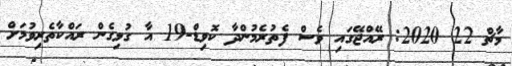
މާޗް 22 2020: ރޭއްޖޭގައި ވެސް ފެތުރެމުންދާ ކޮވިޑް-19 އާ ގުޅިގެން ރައްކާތެރިވުމަށް